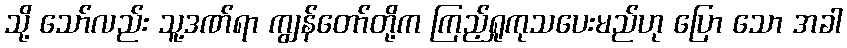
သို့ သော်လည်း သူ့ဒဏ်ရာ ကျွန်တော်တို့က ကြည့်ရှုကုသပေးမည်ဟု ပြော သော အခါ